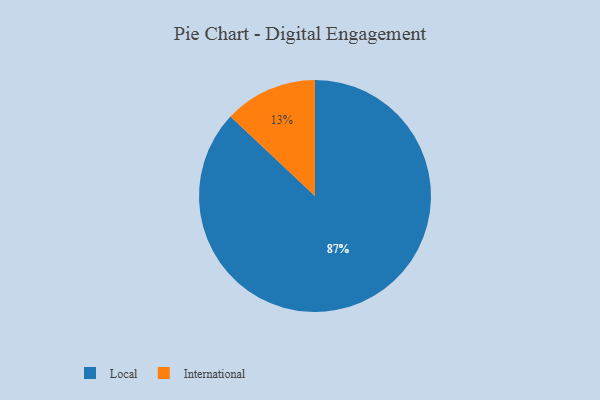
{"axis": {"x": "Category", "y": "Percentage"}, "legend": ["International", "Local"], "data": [{"x": "International", "y": 13, "type": "International"}, {"x": "Local", "y": 87, "type": "Local"}]}